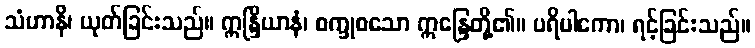
သံဟာနိ၊ ယုတ်ခြင်းသည်။ ဣန္ဒြိယာနံ၊ စက္ခုစသော ဣန္ဒြေတို့၏။ ပရိပါကော၊ ရင့်ခြင်းသည်။